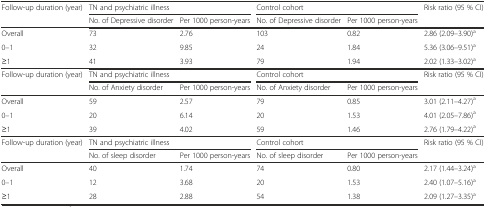
| <ROWSPAN=2> Follow-up duration (year) | <COLSPAN=2> TN and psychiatric illness | <COLSPAN=2> Control cohort | <ROWSPAN=2> Risk ratio (95 % CI) |
 | No. of Depressive disorder | Per 1000 person-years | No. of Depressive disorder | Per 1000 person-years |
 | --- | --- | --- | --- | --- | --- |
 | Overall | 73 | 2.76 | 103 | 0.82 | 2.86 (2.09–3.90)a |
 | 0–1 | 32 | 9.85 | 24 | 1.84 | 5.36 (3.06–9.51)a |
 | ≥1 | 41 | 3.93 | 79 | 1.94 | 2.02 (1.33–3.02)a |
 | <ROWSPAN=2> Follow-up duration (year) | <COLSPAN=2> TN and psychiatric illness | <COLSPAN=2> Control cohort | <ROWSPAN=2> Risk ratio (95 % CI) |
 | No. of Anxiety disorder | Per 1000 person-years | No. of Anxiety disorder | Per 1000 person-years |
 | Overall | 59 | 2.57 | 79 | 0.85 | 3.01 (2.11–4.27)a |
 | 0–1 | 20 | 6.14 | 20 | 1.53 | 4.01 (2.05–7.86)a |
 | ≥1 | 39 | 4.02 | 59 | 1.46 | 2.76 (1.79–4.22)a |
 | <ROWSPAN=2> Follow-up duration (year) | <COLSPAN=2> TN and psychiatric illness | <COLSPAN=2> Control cohort | <ROWSPAN=2> Risk ratio (95 % CI) |
 | No. of sleep disorder | Per 1000 person-years | No. of sleep disorder | Per 1000 person-years |
 | Overall | 40 | 1.74 | 74 | 0.80 | 2.17 (1.44–3.24)a |
 | 0–1 | 12 | 3.68 | 20 | 1.53 | 2.40 (1.07–5.16)a |
 | ≥1 | 28 | 2.88 | 54 | 1.38 | 2.09 (1.27–3.35)a |